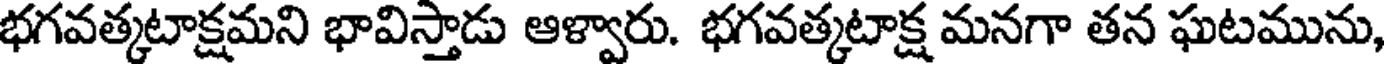
భగవత్కటాక్షమని భావిస్తాడు ఆళ్వారు. భగవత్కటాక్ష మనగా తన ఘటమును,